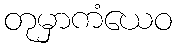
တုမှာကံယေဝ